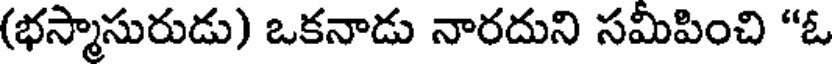
(భస్మాసురుడు) ఒకనాడు నారదుని సమీపించి "ఓ